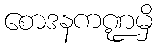
စောဒနကဏ္ဍမှိ